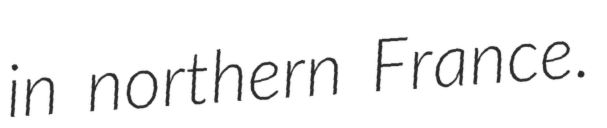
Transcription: in northern France.